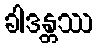
ခါဒန္တဿ